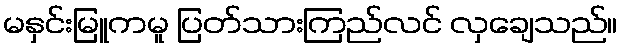
မနှင်းမြူကမူ ပြတ်သားကြည်လင် လှချေသည်။